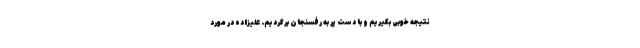
نتیجه خوبی بگیریم و با دست پر به رفسنجان برگردیم. علیزاده در مورد